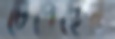
চেপেছেন